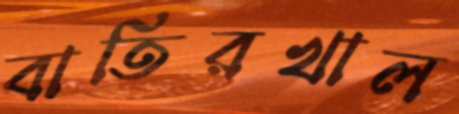
বাতিরখাল